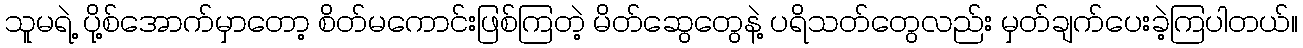
သူမရဲ့ ပို့စ်အောက်မှာတော့ စိတ်မကောင်းဖြစ်ကြတဲ့ မိတ်ဆွေတွေနဲ့ ပရိသတ်တွေလည်း မှတ်ချက်ပေးခဲ့ကြပါတယ်။